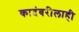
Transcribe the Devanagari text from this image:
कादंबरीलाही